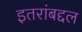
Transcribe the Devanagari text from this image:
इतरांबद्दल